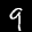
Label: 9